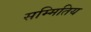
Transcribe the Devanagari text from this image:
सम्मितिय